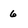
Character: 6